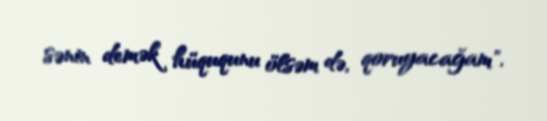
sənin demək hüququnu ölsəm də, qoruyacağam".